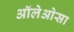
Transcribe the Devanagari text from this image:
ऑलेओसा